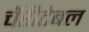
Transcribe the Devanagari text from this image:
चॅरीटेबल